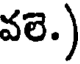
వలె.)